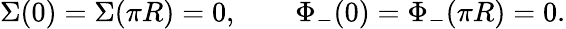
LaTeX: \Sigma(0)=\Sigma(\pi R)=0,\qquad\Phi_{-}(0)=\Phi_{-}(\pi R)=0.